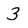
Character: 3